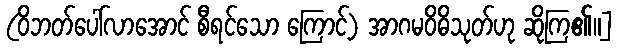
(ဝိဘတ်ပေါ်လာအောင် စီရင်သော ကြောင့်) အာဂမဝိဓိသုတ်ဟု ဆိုကြ၏။]